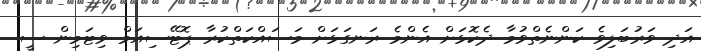
އަދި ވަރުބަލިވެ ކަންނެތްވުމާ ދެކޮޅަށް އެންމެ ރަނގަޅަށް މަސައްކަތްކުރާ ޕޮޓޭސިއަމް ވިޓަމިން ސީ